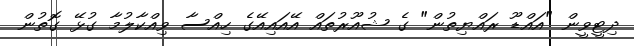
ދިޓީވީން "އައްޑޫ ރައްޔިތުން" ގެ ޝުއޫރުތައް އޭއައިއޭގެ ހިއްސާ ވިއްކާލުމާ ގުޅޭ ގޮތުން